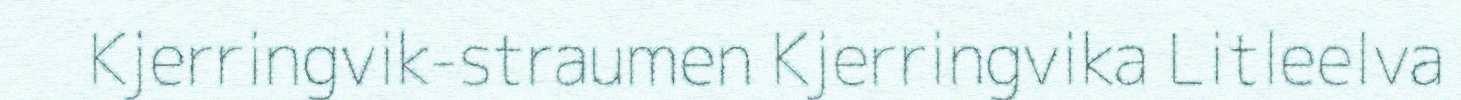
Kjerringvik-straumen Kjerringvika Litleelva